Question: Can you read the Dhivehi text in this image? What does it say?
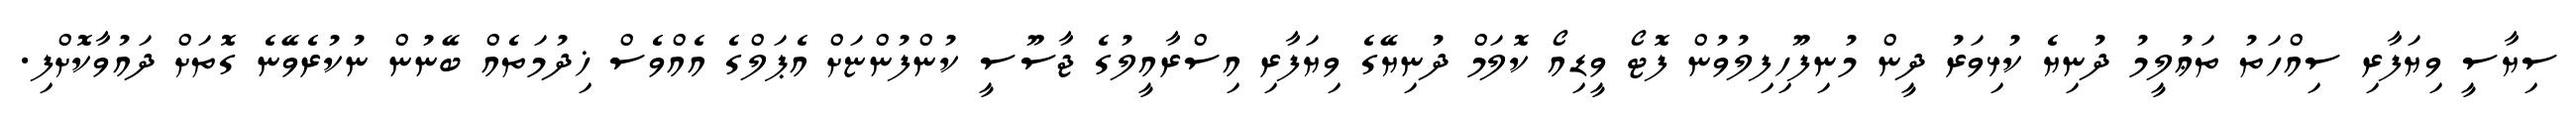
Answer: ސިޔާސީ ވިޔަފާރި ސިއްހަތު ތަޢުލީމު ދުނިޔެ ކުޅިވަރު ދީން މުނިފޫހިފިލުވުން ފޮޓޯ ވީޑިއޯ ކޮލަމް ދުނިޔޭގެ ވިޔަފާރި އިސްރާއީލުގެ ޖާސޫސީ ކުންފުންޏަށް އެޕަލްގެ އެއްވެސް ޚިދުމަތެއް ބޭނުން ނުކުރެވޭނެ ގޮތަށް ދައުވާކޮށްފި.